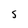
Character: S